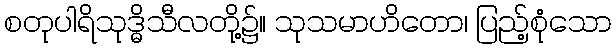
စတုပါရိသုဒ္ဓိသီလတို့၌။ သုသမာဟိတော၊ ပြည့်စုံသော